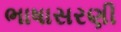
ભાષાસરણી